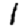
Digit: 1